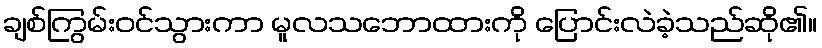
ချစ်ကြွမ်းဝင်သွားကာ မူလသဘောထားကို ပြောင်းလဲခဲ့သည်ဆို၏။